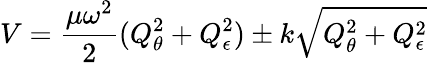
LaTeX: V={\frac{\mu\omega^{2}}{2}}(Q_{\theta}^{2}+Q_{\epsilon}^{2})\pm k{\sqrt{Q_{\theta}^{2}+Q_{\epsilon}^{2}}}